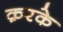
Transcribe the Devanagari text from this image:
क़रके